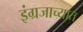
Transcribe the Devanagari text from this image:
इंग्रजाच्यात